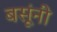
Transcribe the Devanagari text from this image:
बसूंनी